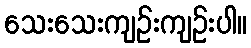
သေးသေးကျဉ်းကျဉ်းပါ။